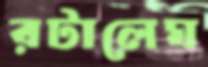
রটালেঘ